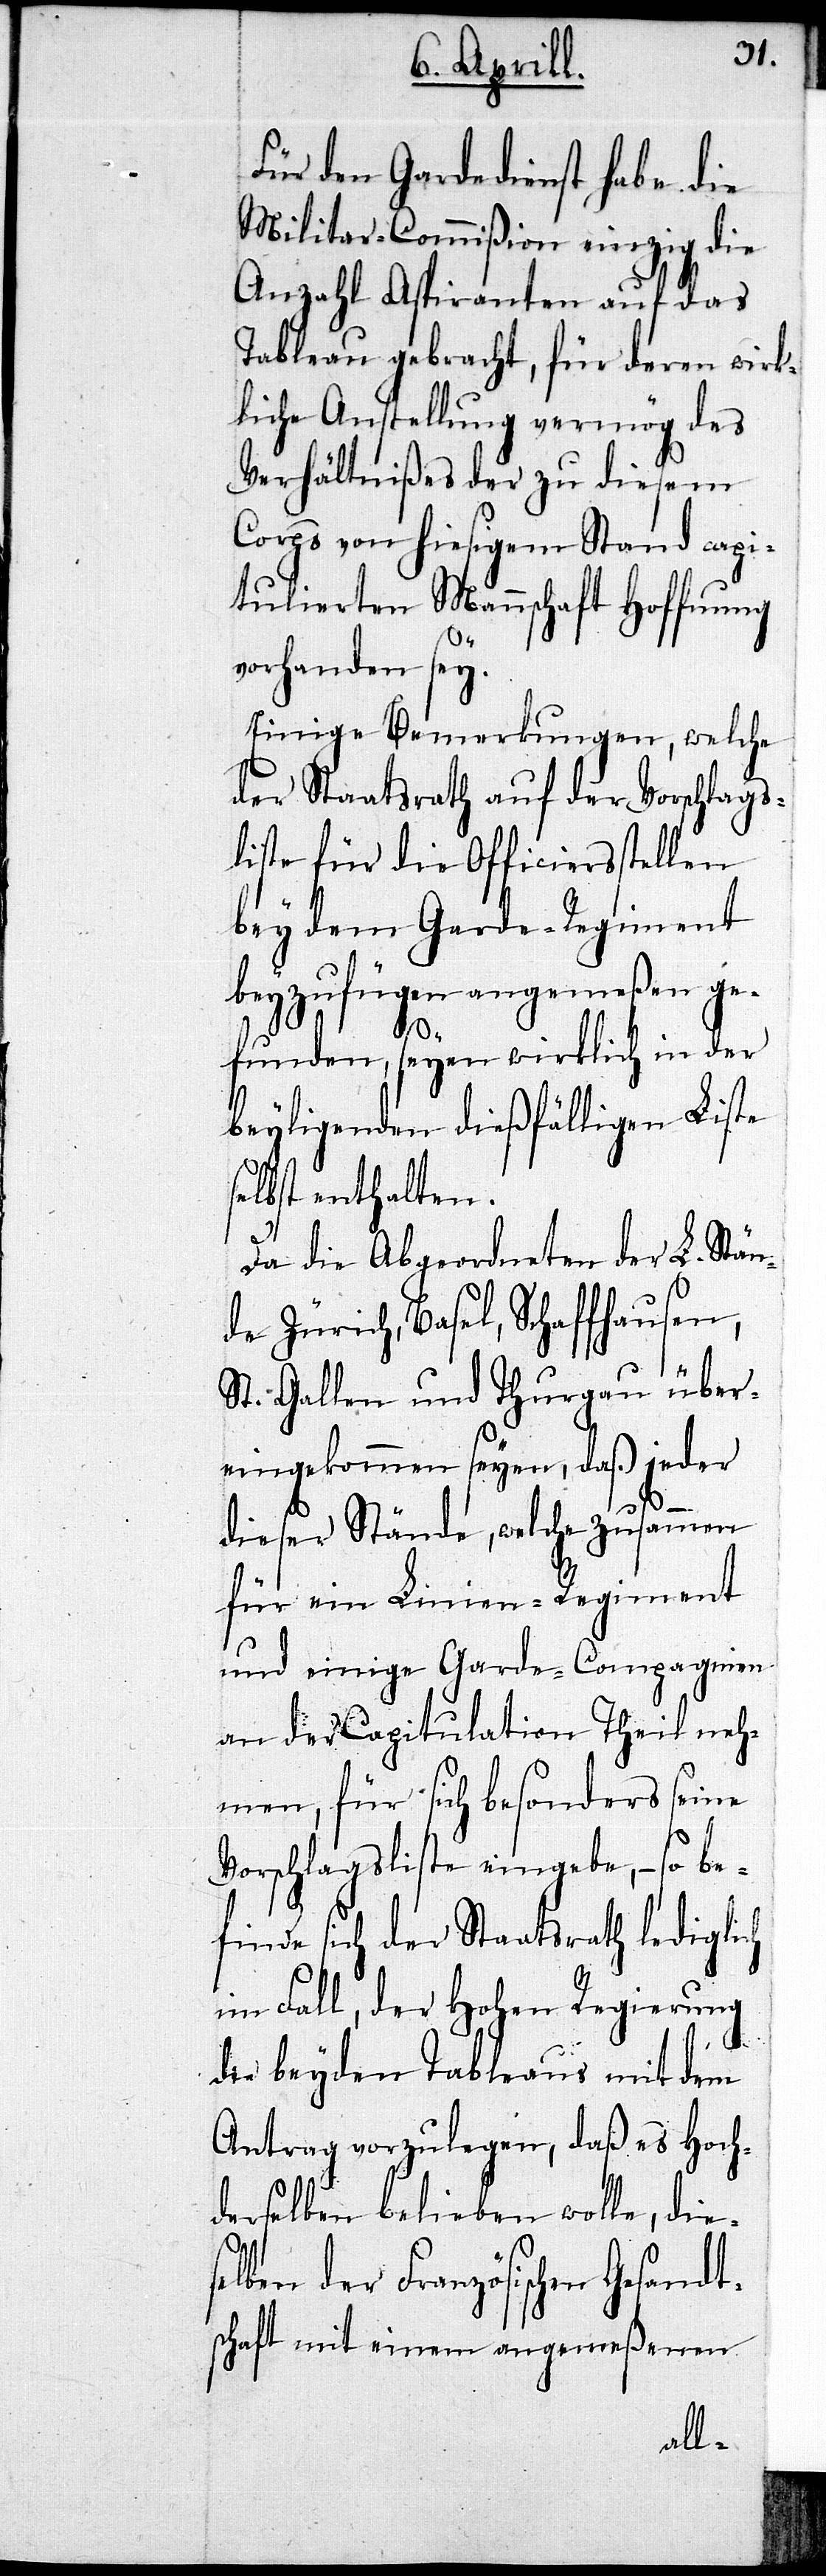
Für den Gardedienst habe die
Militar-Commißion einzig die
Anzahl Aspiranten auf das
Tableau gebracht, für deren wirk¬
liche Anstellung vermög des
Verhältnißes der zu diesem
Corps von hiesigem Stand capi¬
tulierten Mannschaft Hoffnung
vorhanden sey.
Einige Bemerkungen, welche
der Staatsrath auf der Vorschlags¬
liste für die Officiersstellen
bey dem Garde-Regiment
beyzufügen angemeßen ge¬
s¬
funden, seyen wirklich in der
beyliegenden dießfälligen Liste
selbst enthalten.
Da die Abgeordneten der L. Stän¬
de Zürich, Basel, Schaffhausen,
St. Gallen und Thurgau über¬
eingekommen seyen, daß jeder
dieser Stände, welche zusammen
für ein Linien-Regiment
und einige Garde-Compagnien
an der Capitulation Theil neh¬
men, für sich besonders seine
Vorschlagsliste eingebe,– so be¬
finde sich der Staatsrath lediglich
im Fall, der Hohen Regierung
die beyden Tableaus mit dem
Antrag vorzulegen, daß es Hoch¬
derselben belieben wolle, die¬
selben der Französischen Gesandt¬
chaft mit einem angemeßenen